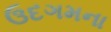
ઉદગમના